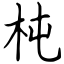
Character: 杶